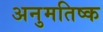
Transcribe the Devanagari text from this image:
अनुमतिष्क